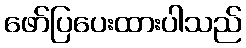
ဖော်ပြပေးထားပါသည်